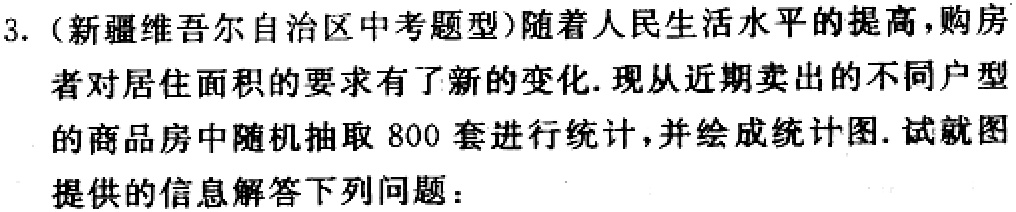
3.（新疆维吾尔自治区中考题型）随着人民生活水平的提高，购房者对居住面积的要求有了新的变化.现从近期卖出的不同户型的商品房中随机抽取800套进行统计，并绘成统计图.试就图提供的信息解答下列问题：